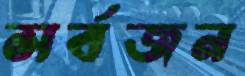
সর্বজন